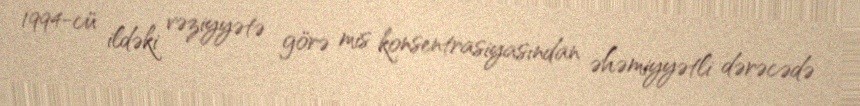
1994-cü ildəki vəziyyətə görə mis konsentrasiyasından əhəmiyyətli dərəcədə